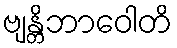
ဗျန္တိဘာဝေါတိ